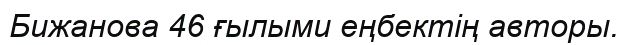
Бижанова 46 ғылыми еңбектің авторы.